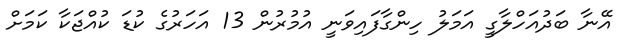
އޭނާ ބަދުއަހްލާގީ އަމަލު ހިންގާފައިވަނީ އުމުރުން 13 އަހަރުގެ ކުޑަ ކުއްޖަކާ ކަމަށް